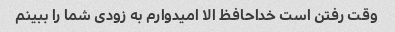
وقت رفتن است خداحافظ الا امیدوارم به زودی شما را ببینم